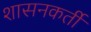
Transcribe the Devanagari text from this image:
शासनकर्ती